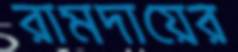
রামদায়ের